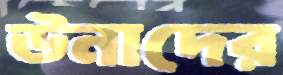
উনাদের